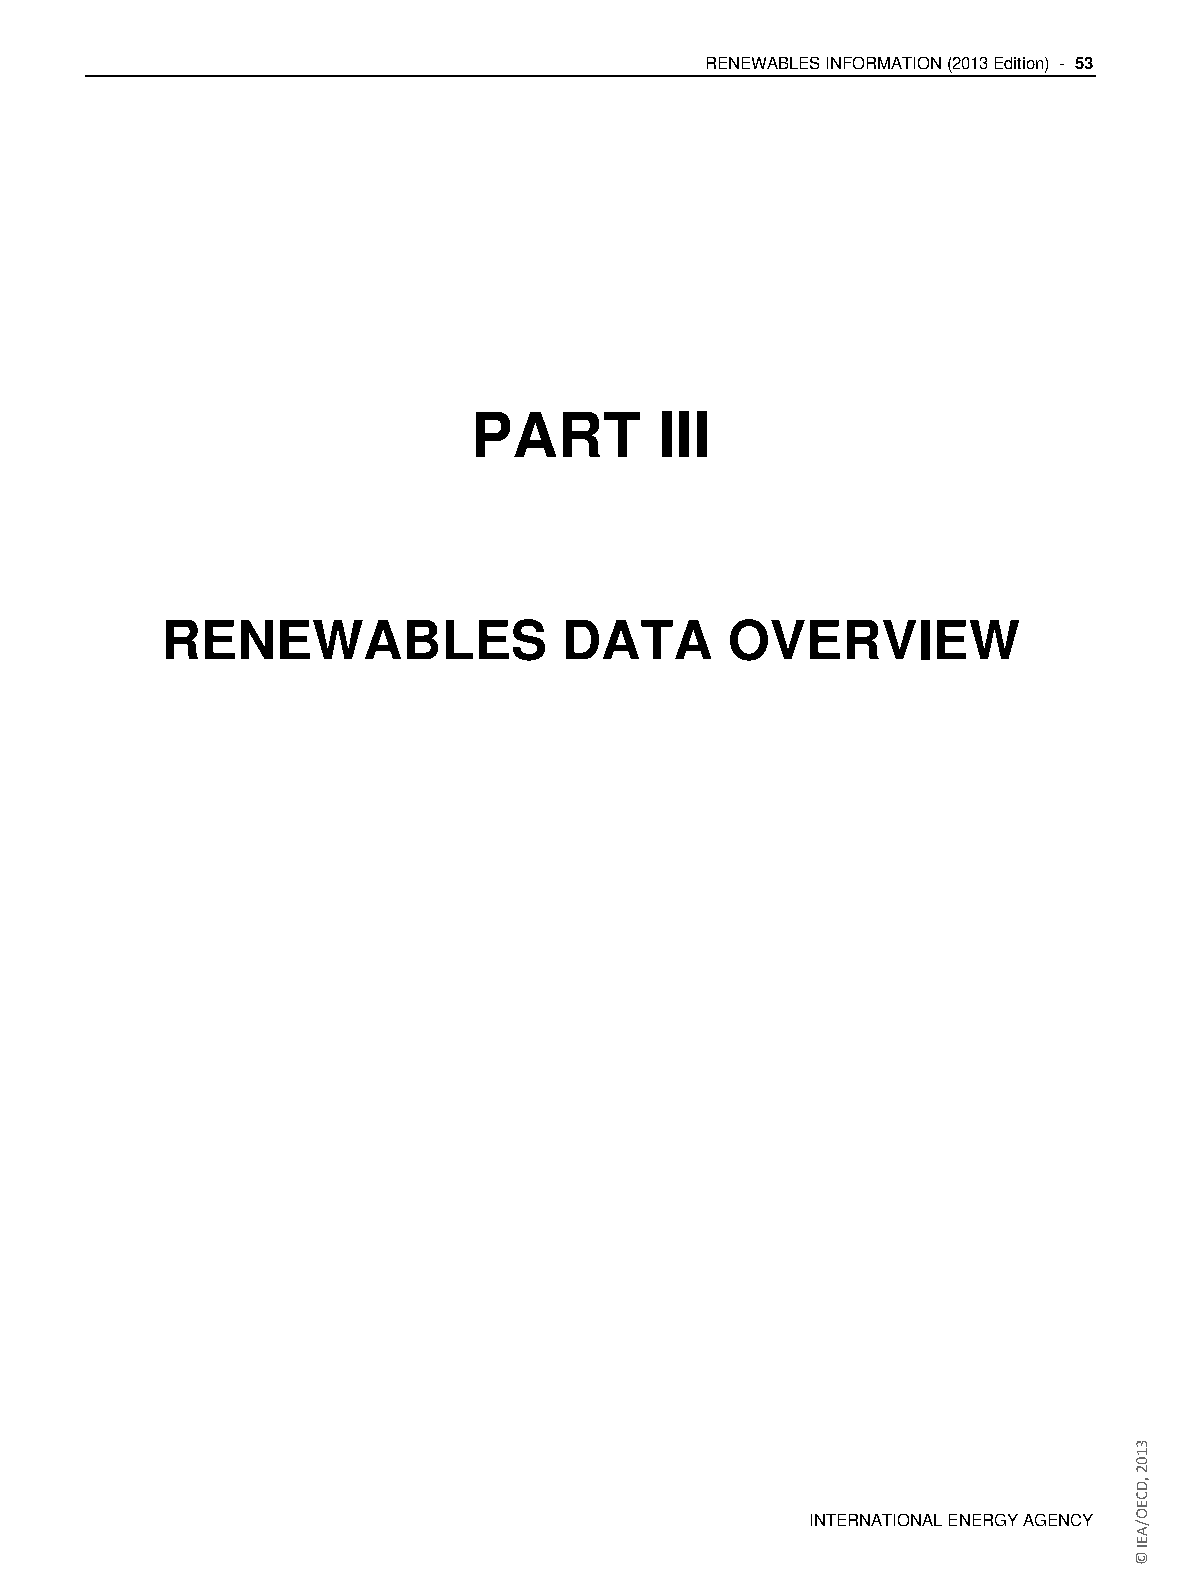
RENEWABLES INFORMATION (2013 Edition) - 53
 PART        III
 RENEWABLES                DATA       OVERVIEW
 INTERNATIONAL ENERGY AGENCY
 3102
 ,DCEO/AEI
 ©